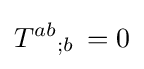
T^{ab}{}_{;b}\,=0